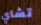
تشاي